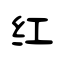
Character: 红